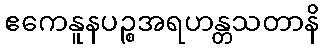
ဧကေနူနပဉ္စအရဟန္တသတာနိ